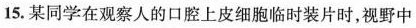
15.某同学在观察人的口腔上皮细胞临时装片时，视野中